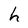
Character: h